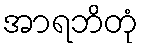
အာရဘိတုံ